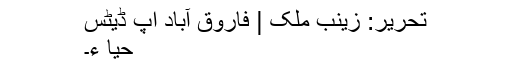
تحریر: زینب ملک | فاروق آباد اَپ ڈیٹس
حیا ء۔